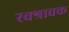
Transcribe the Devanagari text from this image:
रक्श्रावक